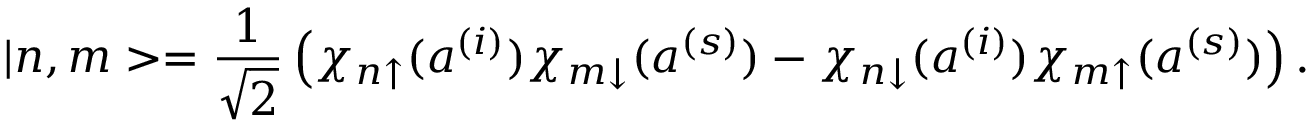
| n , m > = \frac { 1 } { \sqrt { 2 } } \left( \chi _ { n \uparrow } ( a ^ { ( i ) } ) \chi _ { m \downarrow } ( a ^ { ( s ) } ) - \chi _ { n \downarrow } ( a ^ { ( i ) } ) \chi _ { m \uparrow } ( a ^ { ( s ) } ) \right) .